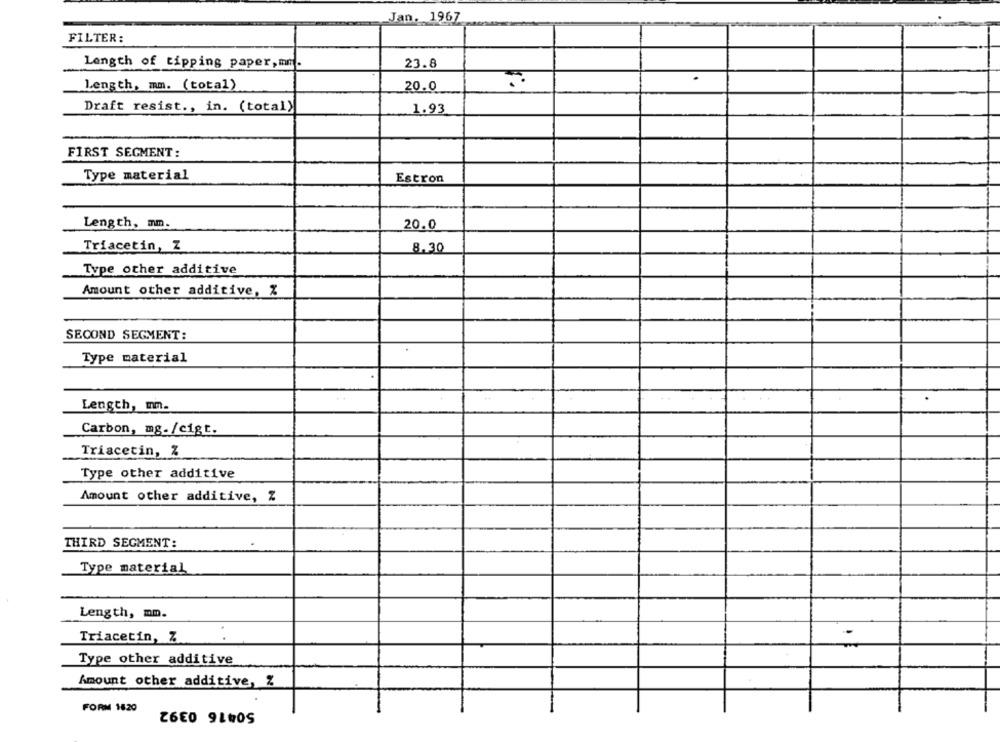
Jan. 1967
FILTER:
Length of tipping paper, mm.
23.8
Length, mm. (total)
20.0
Draft resist ., in. (total)
1.93
FIRST SEGMENT:
Type material
Estron
Length, mm.
20.0
Triacetin, Z
8.30
Type other additive
Amount other additive, %
SECOND SEGMENT:
Type material
Length, mm.
Carbon, mg- /cigt.
Triacetin, Z
Type other additive
Amount other additive, Z
THIRD SEGMENT:
Type material
Length, mm.
Triacetin, Z
Type other additive
Amount other additive, Z
50416 0392
FORM 1820